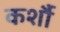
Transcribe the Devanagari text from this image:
कर्शौ